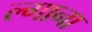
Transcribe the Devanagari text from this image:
ल्गाना